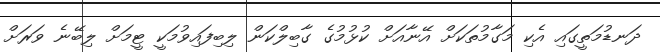
ދަނޑުމަތީގައި އެކި މަގާމުތަކަށް އޭނާއަށް ކުޅުމުގެ ގާބިލްކަން ލިބިފައިވުމަކީ ޓީމަށް ލިބޭނެ ވަރަށް